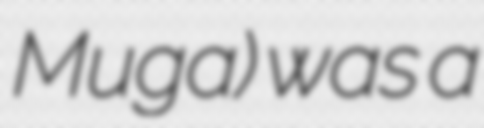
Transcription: Muga) was a